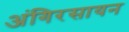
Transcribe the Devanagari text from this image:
अंगिरसायन